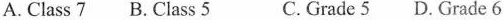
A. Class 7 B. Class 5 C. Grade 5 D. Grade 6